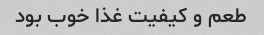
طعم و کیفیت غذا خوب بود